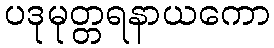
ပဒုမုတ္တရနာယကော